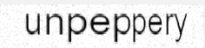
unpeppery